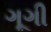
ગૂગી